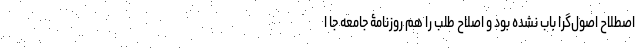
اصطلاح اصول‌گرا باب نشده بود و اصلاح طلب را هم روزنامۀ جامعه جا ا